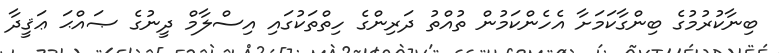
ބިނާކުރުމުގެ ބިންގާކަމަށާ އެހެންކަމުން ތުއްތު ދަރިންގެ ހިތްތަކުގައި އިސްލާމް ދީނުގެ ޞައްޙަ ޢަޤީދާ